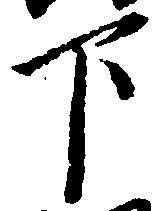
下